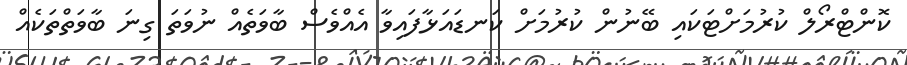
ކޮންޓްރޯލް ކުރުމަށްޓަކައި ބޭނުން ކުރުމަށް ކަނޑައަޅާފައިވާ އެއްވެސް ބާވަތެއް ނުވަތަ ގިނަ ބާވަތްތަކެއް